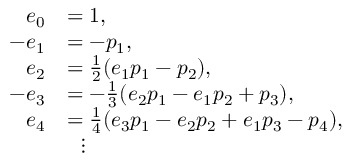
{ \begin{array} { r l } { e _ { 0 } } & { = 1 , } \\ { - e _ { 1 } } & { = - p _ { 1 } , } \\ { e _ { 2 } } & { = { \frac { 1 } { 2 } } ( e _ { 1 } p _ { 1 } - p _ { 2 } ) , } \\ { - e _ { 3 } } & { = - { \frac { 1 } { 3 } } ( e _ { 2 } p _ { 1 } - e _ { 1 } p _ { 2 } + p _ { 3 } ) , } \\ { e _ { 4 } } & { = { \frac { 1 } { 4 } } ( e _ { 3 } p _ { 1 } - e _ { 2 } p _ { 2 } + e _ { 1 } p _ { 3 } - p _ { 4 } ) , } \\ & { \ \ \vdots } \end{array} }